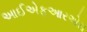
આઈએફઆરએસ